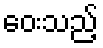
ဝေးသည့်